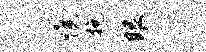
憔挽眼